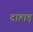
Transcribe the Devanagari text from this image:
दाहाड़